Report on the working of the mental hospitals for Indians in Bihar and Orissa - 1925-1929
Year: 1925
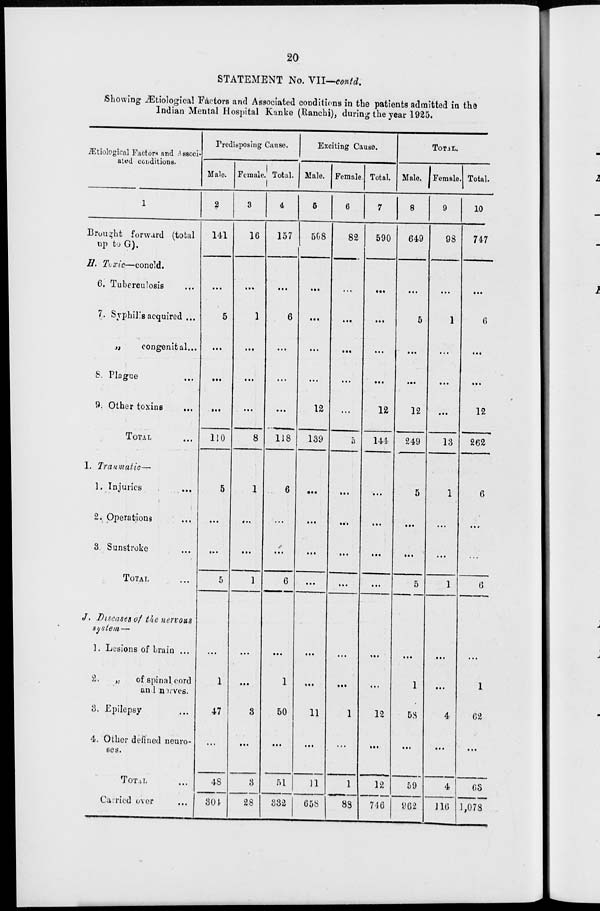
20
STATEMENT No. VII—contd.
Showing Ætiological Factors and Associated conditions in the patients admitted in the
Indian Mental Hospital Kanke (Ranchi), during the year 1925.
Ætiological Factors and Associ-
ated conditions.
1
Brought forward (total
up to G).
H. Toxic—concld.
6. Tuberculosis ...
7. Syphilis acquired ...
„
congenital...
8. Plague ...
9. Other toxins ...
TOTAL ...
I. Traumatic—
1. Injuries
...
2. Operations ...
3. Sunstroke ...
TOTAL ...
J. Diseases of the nervous
system—
1. Lesions of brain ...
2. „ of spinal cord
and nerves.
3. Epilepsy ...
4. Other defined neuro-
ses.
TOTAL ...
Carried over ...
Predisposing Cause.
Male.
2
141
...
5
...
...
...
110
5
...
...
5
...
1
47
...
48
304
Female.
3
16
...
1
...
...
...
8
1
...
...
1
...
...
3
...
3
28
Total.
4
157
...
6
...
...
...
118
6
...
...
6
...
1
50
...
51
332
Exciting Cause.
Male.
5
508
...
...
...
...
12
139
...
...
...
...
...
. ..
11
....
11
658
Female.
6
82
...
...
...
...
...
5
...
...
...
...
...
...
1
...
1
88
Total.
7
590
...
...
...
...
12
144
...
...
...
...
...
...
12
...
12
746
TOTAL.
Male.
8
649
...
5
...
...
12
249
5
...
...
5
...
1
58
...
59
962
Female.
9
98
...
1
...
...
...
13
1
...
...
1
...
...
4
...
4
116
Total.
10
747
...
6
...
...
12
262
6
...
...
6
...
1
62
...
63
1,078